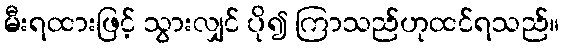
မီးရထားဖြင့် သွားလျှင် ပို၍ ကြာသည်ဟုထင်ရသည်။